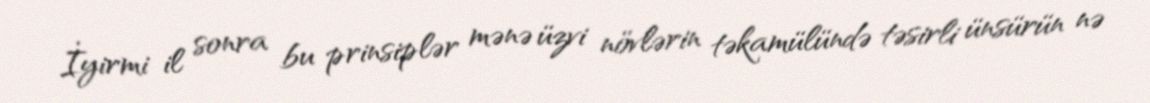
İyirmi il sonra bu prinsiplər mənə üzvi növlərin təkamülündə təsirli ünsürün nə